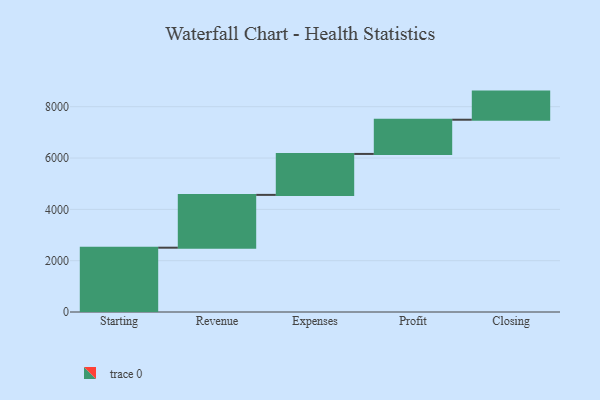
{"axis": {"x": "Step", "y": "Value"}, "legend": [""], "data": [{"x": "Starting", "y": 2506.0, "type": ""}, {"x": "Revenue", "y": 2058.0, "type": ""}, {"x": "Expenses", "y": 1596.0, "type": ""}, {"x": "Profit", "y": 1333.0, "type": ""}, {"x": "Closing", "y": 1096.0, "type": ""}]}